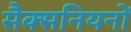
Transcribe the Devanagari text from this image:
सैक्सनियनों